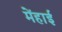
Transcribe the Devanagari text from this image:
मेंहाई